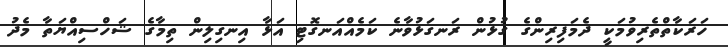
ހަރަކާތްތެރިވުމަކީ ދެމަފިރިންގެ ގުޅުން ރަނގަޅުވާނެ ކަމެއްއަނގޮޓި އަޅާ އިނގިލިން ތިމާގެ ޝަހްސިއްޔަތާ މެދު